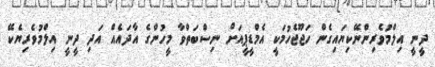
ދީނީ އިލްމުވެރިންނޭކިޔައިގެން ހަޖޫޖެހުމަކީ އެމްޑީޕީއަށް ނިސްބަތްވާ މީހުންގެ އާދައެއް އަދި ދީނީ އިލްމުވެރިޔެކޭ